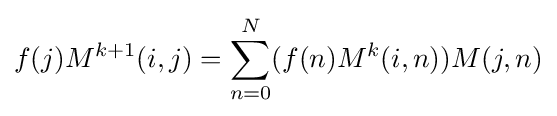
f(j)M^{k+1}(i,j)=\sum _{n=0}^{N}(f(n)M^{k}(i,n))M(j,n)